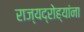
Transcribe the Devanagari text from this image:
राज्यद्रोह्यांना